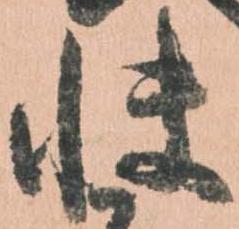
快